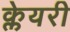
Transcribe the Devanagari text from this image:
क्लेयरी